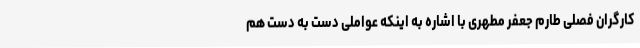
کارگران فصلی طارم جعفر مطهری با اشاره به اینکه عواملی دست به دست هم